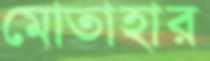
মোতাহার